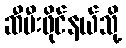
ဆီမီးဖိုင်နယ်သို့